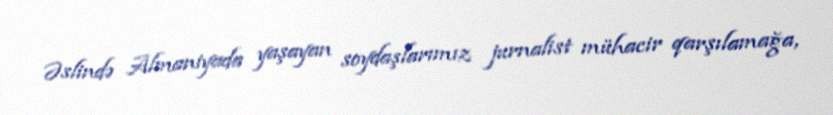
Əslində Almaniyada yaşayan soydaşlarımız jurnalist mühacir qarşılamağa,